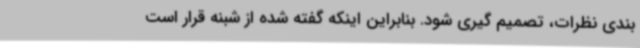
بندی نظرات، تصمیم گیری شود. بنابراین اینکه گفته شده از شبنه قرار است